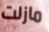
مازلت